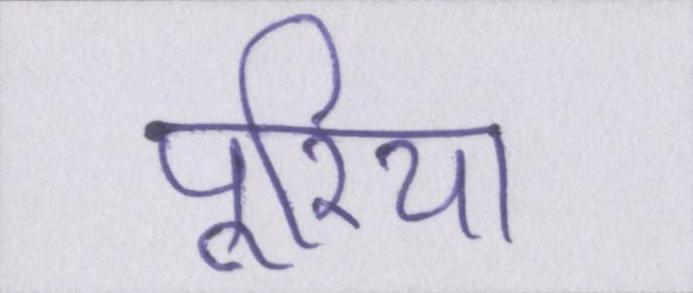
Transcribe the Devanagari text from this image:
पूरिया